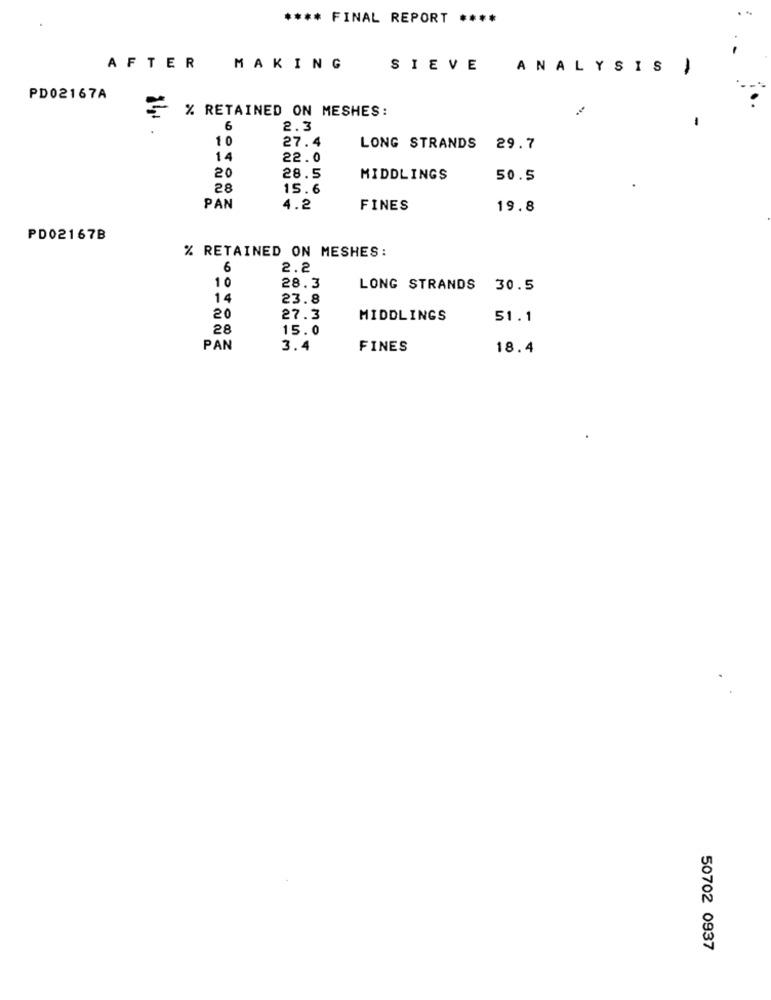
**** FINAL REPORT ****
AFTER
MAKING
SIEVE
ANALYSIS
PD02167A
% RETAINED ON MESHES:
6
2.3
10
27.4
LONG STRANDS 29.7
14
22.0
20
28.5
MIDDLINGS
50.5
28
15.6
PAN
4.2
FINES
19.8
PD02167B
% RETAINED ON MESHES:
6
2.2
10
28.3
LONG STRANDS 30.5
23.8
20
27.3
MIDDLINGS
51.1
28
15.0
PAN
3.4
FINES
18.4
50702 0937